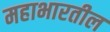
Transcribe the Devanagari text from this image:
महाभारतील